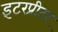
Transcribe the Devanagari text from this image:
इंटरप्रीटर